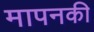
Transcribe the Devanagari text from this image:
मापनकी